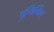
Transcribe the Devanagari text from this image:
पुनिर्मित